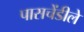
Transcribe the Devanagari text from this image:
पासचेंडीले